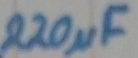
Text: 220µF